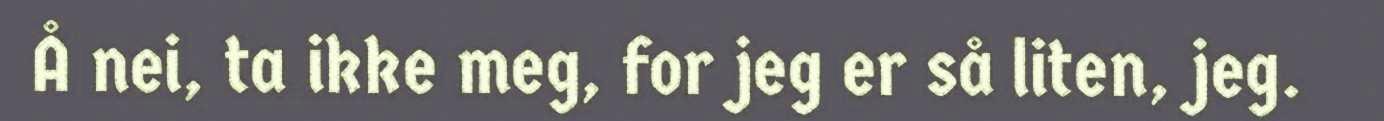
Å nei, ta ikke meg, for jeg er så liten, jeg.